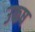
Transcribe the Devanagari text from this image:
उफष